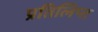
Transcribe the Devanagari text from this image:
प्रतिलिप्त